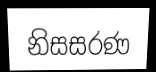
නිසසරණ